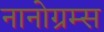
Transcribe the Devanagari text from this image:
नानोग्रम्स